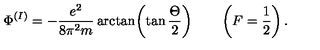
\Phi ^ { ( I ) } = - { \frac { e ^ { 2 } } { 8 \pi ^ { 2 } m } } \arctan \biggl ( \tan { \frac { \Theta } { 2 } } \biggr ) \qquad \left( F = \frac { 1 } { 2 } \right) .